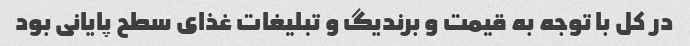
در کل با توجه به قیمت و برندیگ و تبلیغات غذای سطح پایانی بود